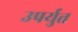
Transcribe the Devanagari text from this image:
उपर्युत्त